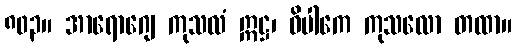
၈၀၃။ အာရောဂျေ ကုသလံ ဣဋ္ဌ၊ ဝိပါကေ ကုသလော တထာ။